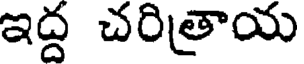
ఇద్ద చరిత్రాయ